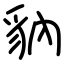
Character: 豽